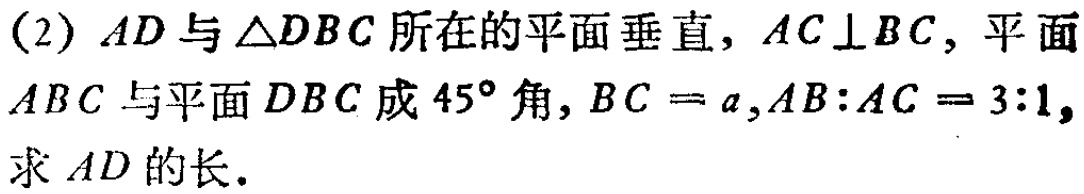
(2) \(AD\)与\(\triangle DBC\)所在的平面垂直，\(AC\perp BC\)，平面\(ABC\)与平面\(DBC\)成\(45^{\circ}\)角，\(BC = a\)，\(AB:AC = 3:1\)，求\(AD\)的长.